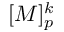
[ M ] _ { p } ^ { k }